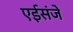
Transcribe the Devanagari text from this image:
एईसंजे